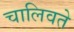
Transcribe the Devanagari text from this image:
चालिवते